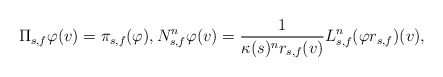
\begin{align*}\Pi_{s,f} \varphi(v) = \pi_{s,f}(\varphi), N^n_{s,f} \varphi(v) = \frac{1}{\kappa(s)^n r_{s,f}(v)} L_{s,f}^n(\varphi r_{s,f})(v), \end{align*}